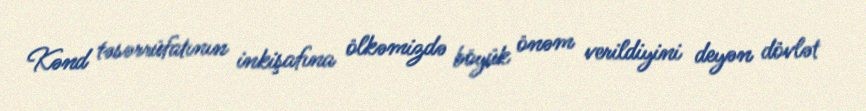
Kənd təsərrüfatının inkişafına ölkəmizdə böyük önəm verildiyini deyən dövlət